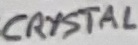
Text: CRYSTAL